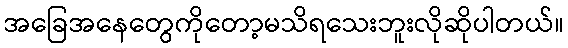
အခြေအနေတွေကိုတော့မသိရသေးဘူးလိုဆိုပါတယ်။